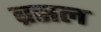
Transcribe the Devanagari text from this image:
ब्रसल